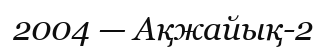
2004 — Ақжайық-2